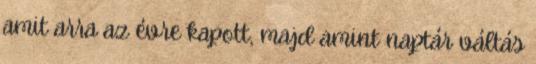
amit arra az évre kapott, majd amint naptár váltás